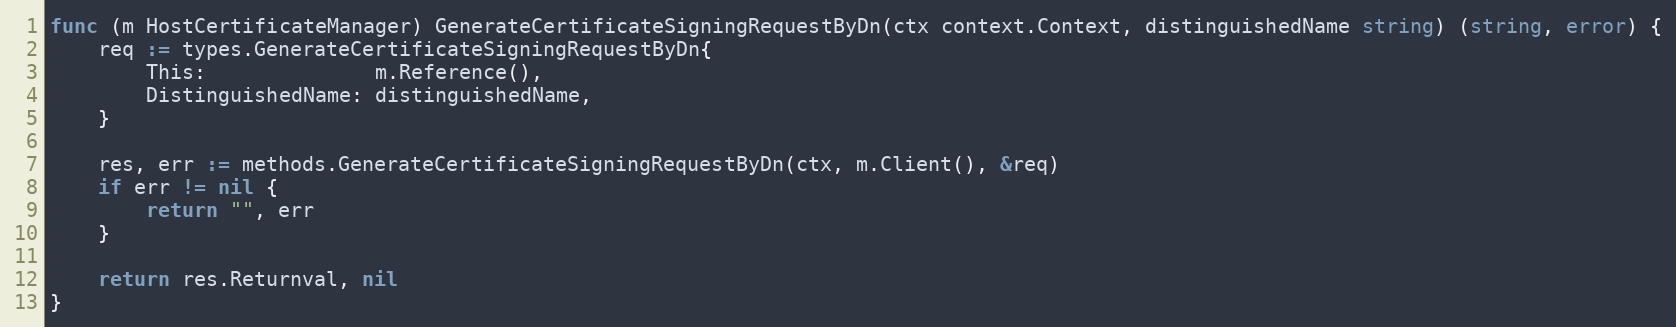
Language: Go
func (m HostCertificateManager) GenerateCertificateSigningRequestByDn(ctx context.Context, distinguishedName string) (string, error) {
	req := types.GenerateCertificateSigningRequestByDn{
		This:              m.Reference(),
		DistinguishedName: distinguishedName,
	}

	res, err := methods.GenerateCertificateSigningRequestByDn(ctx, m.Client(), &req)
	if err != nil {
		return "", err
	}

	return res.Returnval, nil
}